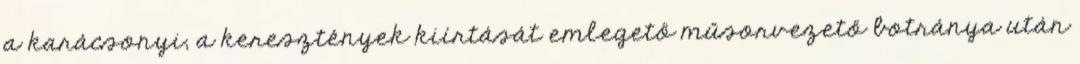
a karácsonyi, a keresztények kiírtását emlegető műsorvezető botránya után